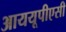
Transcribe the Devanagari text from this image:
आययूपीएसी